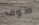
سوف